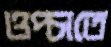
ওপ্‌চাতে